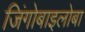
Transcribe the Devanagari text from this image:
जिंगोबाइलोबा